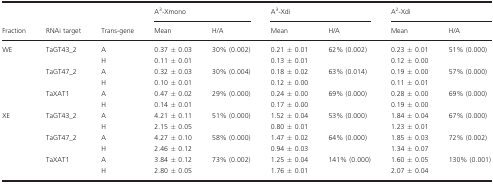
<table><thead><tr><td rowspan="2"><b>Fraction</b></td><td rowspan="2"><b>RNAi target</b></td><td rowspan="2"><b>Trans‐gene</b></td><td colspan="2"><b>A<sup>3</sup>‐Xmono</b></td><td colspan="2"><b>A<sup>3</sup>‐Xdi</b></td><td colspan="2"><b>A<sup>2</sup>‐Xdi</b></td></tr><tr><td><b>Mean</b></td><td><b>H/A</b></td><td><b>Mean</b></td><td><b>H/A</b></td><td><b>Mean</b></td><td><b>H/A</b></td></tr></thead><tbody><tr><td rowspan="6">WE</td><td rowspan="2">TaGT43_2</td><td>A</td><td>0.37 ± 0.03</td><td rowspan="2">30% (0.002)</td><td>0.21 ± 0.01</td><td rowspan="2">62% (0.002)</td><td>0.23 ± 0.01</td><td rowspan="2">51% (0.000)</td></tr><tr><td>H</td><td>0.11 ± 0.01</td><td>0.13 ± 0.01</td><td>0.12 ± 0.00</td></tr><tr><td rowspan="2">TaGT47_2</td><td>A</td><td>0.32 ± 0.03</td><td rowspan="2">30% (0.004)</td><td>0.18 ± 0.02</td><td rowspan="2">63% (0.014)</td><td>0.19 ± 0.00</td><td rowspan="2">57% (0.000)</td></tr><tr><td>H</td><td>0.10 ± 0.01</td><td>0.12 ± 0.00</td><td>0.11 ± 0.01</td></tr><tr><td rowspan="2">TaXAT1</td><td>A</td><td>0.47 ± 0.02</td><td rowspan="2">29% (0.000)</td><td>0.24 ± 0.00</td><td rowspan="2">69% (0.000)</td><td>0.28 ± 0.00</td><td rowspan="2">69% (0.000)</td></tr><tr><td>H</td><td>0.14 ± 0.01</td><td>0.17 ± 0.00</td><td>0.19 ± 0.00</td></tr><tr><td rowspan="6">XE</td><td rowspan="2">TaGT43_2</td><td>A</td><td>4.21 ± 0.11</td><td rowspan="2">51% (0.000)</td><td>1.52 ± 0.04</td><td rowspan="2">53% (0.000)</td><td>1.84 ± 0.04</td><td rowspan="2">67% (0.000)</td></tr><tr><td>H</td><td>2.15 ± 0.05</td><td>0.80 ± 0.01</td><td>1.23 ± 0.01</td></tr><tr><td rowspan="2">TaGT47_2</td><td>A</td><td>4.27 ± 0.10</td><td rowspan="2">58% (0.000)</td><td>1.47 ± 0.02</td><td rowspan="2">64% (0.000)</td><td>1.85 ± 0.03</td><td rowspan="2">72% (0.002)</td></tr><tr><td>H</td><td>2.46 ± 0.12</td><td>0.94 ± 0.03</td><td>1.34 ± 0.07</td></tr><tr><td rowspan="2">TaXAT1</td><td>A</td><td>3.84 ± 0.12</td><td rowspan="2">73% (0.002)</td><td>1.25 ± 0.04</td><td rowspan="2">141% (0.000)</td><td>1.60 ± 0.05</td><td rowspan="2">130% (0.001)</td></tr><tr><td>H</td><td>2.80 ± 0.05</td><td>1.76 ± 0.01</td><td>2.07 ± 0.04</td></tr></tbody></table>